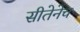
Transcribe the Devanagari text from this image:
सीतेनेच